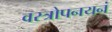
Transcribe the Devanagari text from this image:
वस्त्रोपनयनं